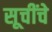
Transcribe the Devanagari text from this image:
सूचींचे